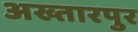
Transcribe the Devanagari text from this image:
अख्तारपुर